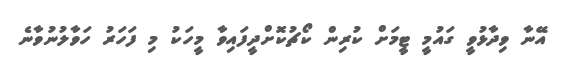
އޭނާ ވިދާޅުވީ ގައުމީ ޓީމަށް ކުރިން ކޯޗުކޮށްދީފައިވާ މީހަކު މި ފަހަރު ހަވާލުނުވާނެ